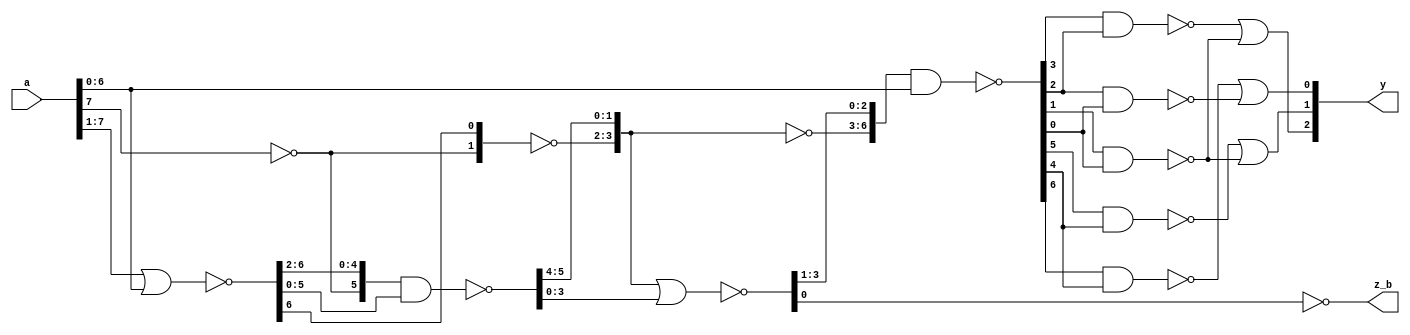
module tri_st_cntlz_8b(
   a,
   y,
   z_b
);
   input [0:7]  a;
   output [0:2] y;
   output       z_b;

   wire [0:7]   a0;
   wire [0:7]   a1;
   wire [0:7]   a2;
   wire [0:6]   ax;

   assign a0[1:7] = ~( a[0:6] | a[1:7]);
   assign a1[2:7] = ~(a0[0:5] & a0[2:7]);
   assign a2[4:7] = ~(a1[0:3] | a1[4:7]);

   assign a0[0:0] = (~a[0:0]);
   assign a1[0:1] = (~a0[0:1]);
   assign a2[0:3] = (~a1[0:3]);

   assign ax[0:6] = ~(a2[0:6] & a[1:7]);

   assign z_b = (~a2[7]);

   assign y[0] = ~(ax[3] & ax[4]) | ~(ax[5] & ax[6]);
   assign y[1] = ~(ax[1] & ax[2]) | ~(ax[5] & ax[6]);
   assign y[2] = ~(ax[0] & ax[2]) | ~(ax[4] & ax[6]);

endmodule